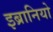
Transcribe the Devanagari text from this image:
इब्रानियो